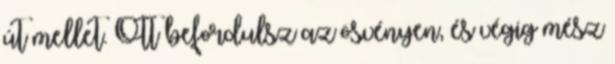
út mellet. Ott befordulsz az ösvényen, és végig mész